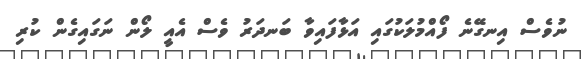
ނުވެސް އިނގޭނެ ފޯއްމުލަކުގައި އަޅާފައިވާ ބަނދަރު ވެސް އެއީ ލޯން ނަގައިގެން ކުރި